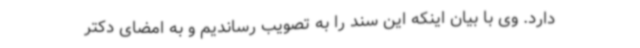
دارد. وی با بیان اینکه این سند را به تصویب رساندیم و به امضای دکتر